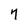
Character: 7